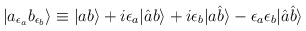
\begin{align*}|a_{\epsilon_a} b_{\epsilon_b}\rangle \equiv |a b \rangle + i \epsilon_a |\hat{a} b\rangle + i \epsilon_b | a \hat{b}\rangle - \epsilon_a \epsilon_b |\hat{a} \hat{b}\rangle\end{align*}